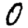
Digit: 0